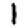
Digit: 1